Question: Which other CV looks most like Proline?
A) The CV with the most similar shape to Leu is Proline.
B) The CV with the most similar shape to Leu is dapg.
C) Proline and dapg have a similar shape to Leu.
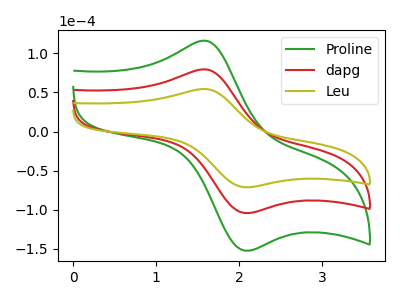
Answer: <think>The green curve "Proline" has an anodic peak at (1.55V, 159.00uA) and a cathodic peak at (2.10V, -208.70uA). The red curve "dapg" has an anodic peak at (1.55V, 79.50uA) and a cathodic peak at (2.10V, -104.35uA). The olive curve "Leu" has an anodic peak at (1.55V, 54.40uA) and a cathodic peak at (2.10V, -71.40uA).
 All the peaks in "Proline" have a peak in "dapg" at the same potential. Every peak in "Proline" is higher than every peak in "dapg". All the peaks in "Proline" have a peak in "Leu" at the same potential. Every peak in "Proline" is higher than every peak in "Leu". All the peaks in "dapg" have a peak in "Leu" at the same potential. Every peak in "dapg" is higher than every peak in "Leu".</think>
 <answer>C) "Proline" and "dapg" have a similar shape to "Leu".</answer>
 <eval>C</eval>